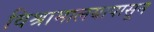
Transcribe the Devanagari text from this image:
विश्रामालयापासून